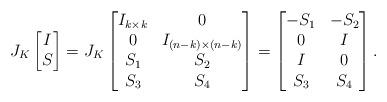
LaTeX: \begin{align*} J_K\begin{bmatrix}I \\S\end{bmatrix} = J_K\begin{bmatrix}I_{k \times k} & 0 \\0 & I_{(n-k) \times (n-k)}\\S_1 & S_2 \\S_3 & S_4\end{bmatrix} = \begin{bmatrix}-S_1 & -S_2 \\0 & I \\I & 0 \\S_3 & S_4 \\\end{bmatrix}.\end{align*}